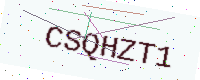
Text: CSQHZT1